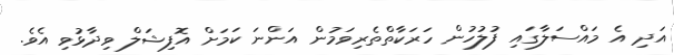
އަދި އެ މައްސަލާގައި ފުލުހުން ހަރަކާތްތެރިވަމުން އަންނަ ކަމަށް އޮފިޝަލް ވިދާޅުވި އެވެ.